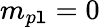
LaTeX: m_{p\mathtt{l}}=0